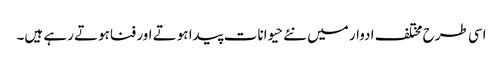
اسی طرح مختلف ادوار میں نئے حیوانات پیدا ہوتے اور فناہوتے رہے ہیں۔